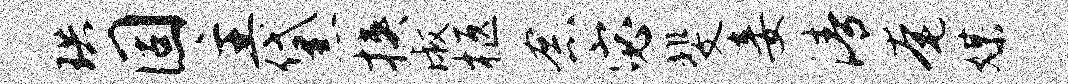
珙固主黛挟淑柩念宓斐妾清奄媒